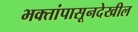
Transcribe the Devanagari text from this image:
भक्तांपासूनदेखील